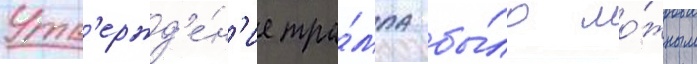
Утв'ержд'е́н'ие тра́мпа бы́ло ло́жным